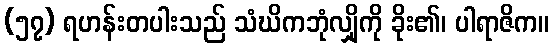
(၅၇) ရဟန်းတပါးသည် သံဃိကဘုံလျှိုကို ခိုး၏၊ ပါရာဇိက။